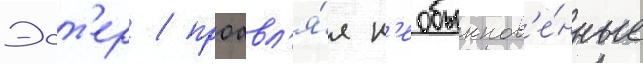
Эст'ер / проавл'я́я н'еобыкнов'е́нные